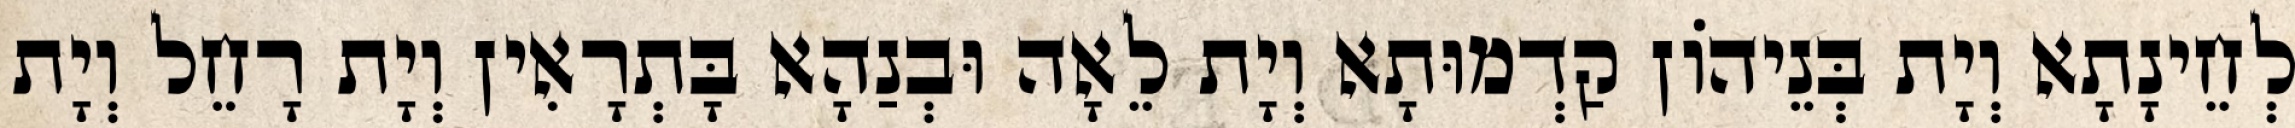
לְחֵינָתָא וְיָת בְּנֵיהוֹן קַדְמוּתָא וְיָת לֵאָה וּבְנַהָא בָּתְרָאִין וְיָת רָחֵל וְיָת